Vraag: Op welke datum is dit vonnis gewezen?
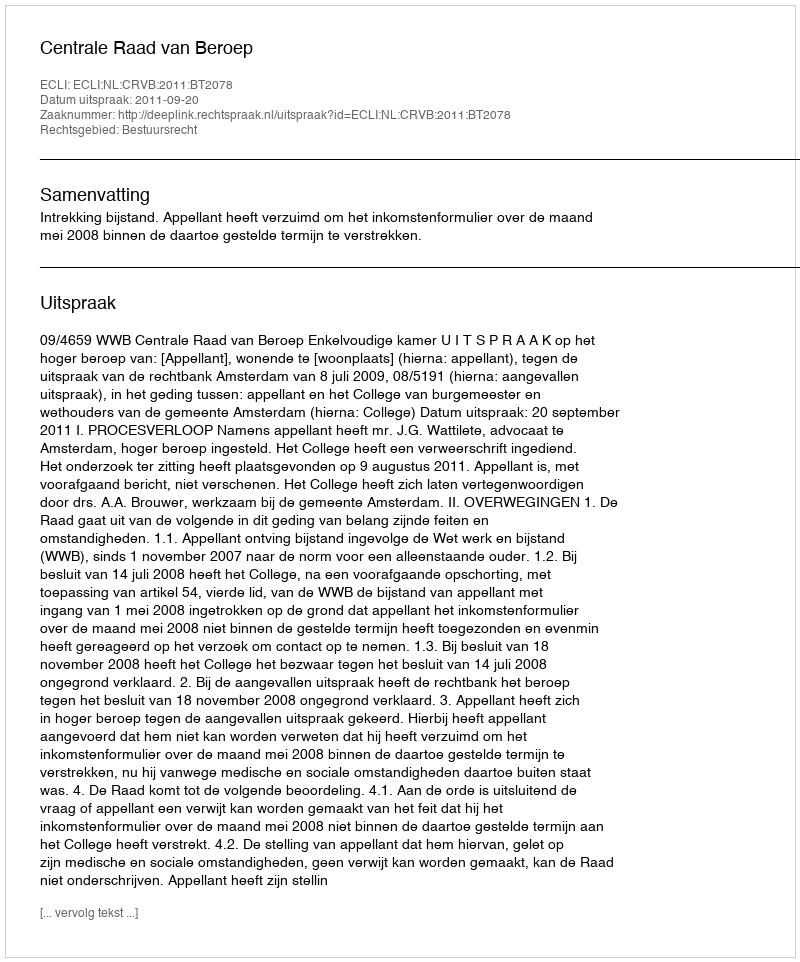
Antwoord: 2011-09-20